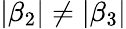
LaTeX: |\beta_{2}|\neq|\beta_{3}|